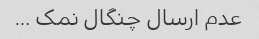
عدم ارسال چنگال نمک …